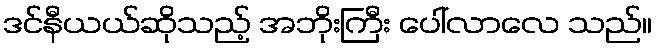
ဒင်နီယယ်ဆိုသည့် အဘိုးကြီး ပေါ်လာလေ သည်။